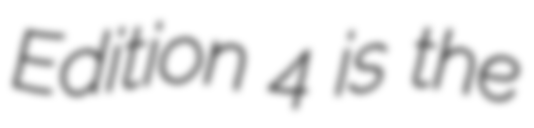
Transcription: Edition 4 is the